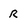
Character: R